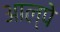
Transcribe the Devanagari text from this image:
आल्पे